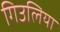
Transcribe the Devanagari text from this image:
गिउलिया